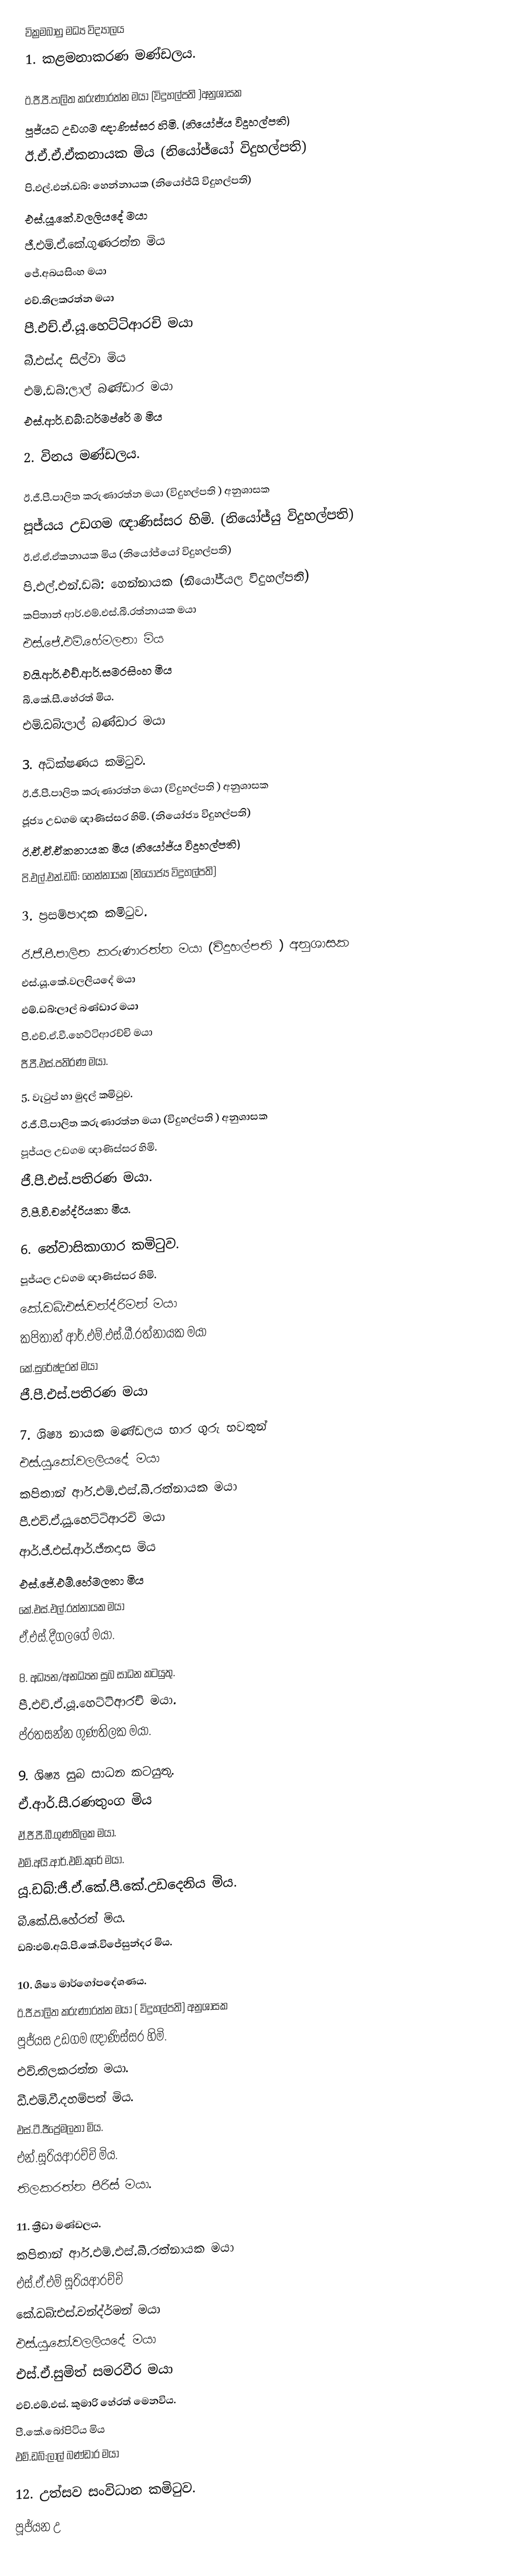
වික්‍රමබාහු මධ්‍ය විද්‍යාලය
1.	කළමනාකරණ මණ්ඩලය.

ඊ.ජී.පී.පාලිත කරුණාරත්න මයා (විදුහල්පති )අනුශාසක
පූජ්යධ උඩගම ඥාණිස්සර හිමි. 	(නියෝජ්ය  විදුහල්පති)
ඊ.ඒ.ඒ.ඒකනායක මිය 		(නියෝජ්යෝ විදුහල්පති)
පි.එල්.එන්.ඩබ්: හෙන්නායක 	(නියෝජ්යි විදුහල්පති)
එස්.යූ.කේ.වලලියදේ මයා
ජී.එම්.ඒ.කේ.ගුණරත්න මිය
ජේ.අබයසිංහ මයා
එච්.තිලකරත්න මයා
පී.එච්.ඒ.යූ.හෙට්ටිආරචි මයා
බී.එස්.ද සිල්වා මිය
එම්.ඩබ්:ලාල් බණ්ඩාර මයා
එස්.ආර්.ඩබ්:ධර්මප්රේ ම මිය

2.	විනය මණ්ඩලය.

ඊ.ජී.පී.පාලිත කරුණාරත්න මයා (විදුහල්පති ) අනුශාසක
	පූජ්යය උඩගම ඥාණිස්සර හිමි. 	(නියෝජ්යු විදුහල්පති)
ඊ.ඒ.ඒ.ඒකනායක මිය 		(නියෝජ්යෝ විදුහල්පති)
පි.එල්.එන්.ඩබ්: හෙන්නායක 	(නියෝජ්යල විදුහල්පති)
කපිතාන් ආර්.එම්.එස්.බී.රත්නායක මයා
එස්.ජේ.එම්.හේමලතා මිය
වයි.ආර්.එච්.ආර්.සමරසිංහ මිය
බී.කේ.සී.හේරත් මිය.
එම්.ඩබ්:ලාල් බණ්ඩාර මයා

3.	අධික්ෂණය කමිටුව.
ඊ.ජී.පී.පාලිත කරුණාරත්න මයා (විදුහල්පති ) අනුශාසක
ජූජ්‍ය උඩගම ඥාණිස්සර හිමි. 	 (නියෝජ්‍ය විදුහල්පති)
ඊ.ඒ.ඒ.ඒකනායක මිය 		(නියෝජ්ය  විදුහල්පති)
පි.එල්.එන්.ඩබ්: හෙන්නායක 	(නියෝජ්‍ය විදුහල්පති)

3.	ප්‍රසම්පාදක  කමිටුව.

  ඊ.ජී.පී.පාලිත කරුණාරත්න මයා (විදුහල්පති ) අනුශාසක
එස්.යූ.කේ.වලලියදේ මයා
එම්.ඩබ්:ලාල් බණ්ඩාර මයා
පී.එච්.ඒ.වී.හෙට්ටිආරච්චි මයා
ජී.පී.එස්.පතිරණ මයා.

5.	වැටුප් හා මුදල් කමිටුව.
ඊ.ජී.පී.පාලිත කරුණාරත්න මයා (විදුහල්පති ) අනුශාසක
පූජ්යල උඩගම ඥාණිස්සර හිමි.
ජී.පී.එස්.පතිරණ මයා.
ටී.පී.වී.චන්ද්රියකා මිය.

6.	නේවාසිකාගාර කමිටුව.
පූජ්යල උඩගම ඥාණිස්සර හිමි.
කේ.ඩබ්:එස්.චන්ද්රිමන් මයා
කපිතාන් ආර්.එම්.එස්.බී.රත්නායක මයා
කේ.සුරේෂ්දරන් මයා
ජී.පී.එස්.පතිරණ මයා

7.	ශිෂ්‍ය නායක මණ්ඩලය භාර ගුරු භවතුන්
එස්.යූ.කේ.වලලියදේ මයා
කපිතාන් ආර්.එම්.එස්.බී.රත්නායක මයා
පී.එච්.ඒ.යූ.හෙට්ටිආරචි මයා
ආර්.ජී.එස්.ආර්.ජිනදාස මිය
එස්.ජේ.එම්.හේමලතා මිය
කේ.එස්.එල්.රත්නායක මයා
ඒ.එස්.දීගලගේ මයා.

8.	අධ්‍යන/අනධ්‍යන සුබ සාධන කටයුතු.
පී.එච්.ඒ.යූ.හෙට්ටිආරචි මයා.
ප්රතසන්න ගුණතිලක මයා.

9.	ශිෂ්‍ය සුබ සාධන කටයුතු.
ඒ.ආර්.සී.රණතුංග මිය
ඒ.ජී.පී.බී.ගුණතිලක මයා.
එම්.අයි.ආර්.එම්.කුරේ මයා.
යූ.ඩබ්:ජී.ඒ.කේ.පී.කේ.උඩදෙනිය මිය.
බී.කේ.සි.හේරත් මිය.
ඩබ්:එම්.අයි.පී.කේ.විජේසුන්දර මිය.

10.	ශීෂ්‍ය  මාර්ගෝපදේශණය.
ඊ.ජී.පාලිත කරුණාරත්න මයා ( විදුහල්පති) අනුශාසක
පූජ්යස උඩගම ඥාණිස්සර හිමි.
එච්.තිලකරත්න මයා.
ඩී.එම්.වී.දහම්පත් මිය.
එස්.ටී.ජීප්‍රේමලතා මිය.
එන්.සූරියආරච්චි මිය.
තිලකරත්න පීරිස් මයා.

11.	ක්‍රීඩා මණ්ඩලය.
කපිතාන් ආර්.එම්.එස්.බී.රත්නායක මයා
එස්.ඒ.එම් සූරියආරච්චි
කේ.ඩබ්:එස්.චන්ද්ර්මන් මයා
එස්.යූ.කේ.වලලියදේ මයා
එස්.ඒ.සුමිත් සමරවීර මයා
එච්.එම්.එස්. කුමාරි හේරත් මෙනවිය.
පී.කේ.බෝපිටිය මිය
එම්.ඩබ්:ලාල් බණ්ඩාර මයා

12.	උත්සව සංවිධාන කමිටුව.
පූජ්යන උ